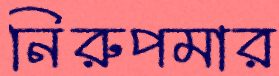
নিরুপমার